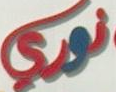
نوري